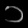
Digit: ၁